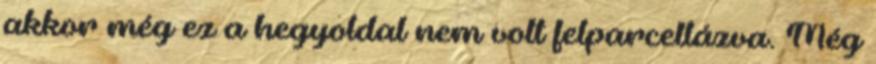
akkor még ez a hegyoldal nem volt felparcellázva. Még